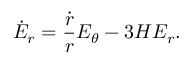
\dot { E } _ { r } = \frac { \dot { r } } { r } E _ { \theta } - 3 H E _ { r } .